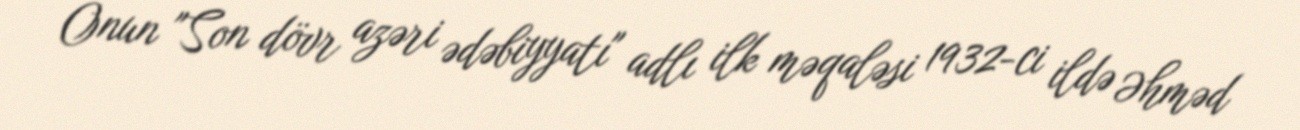
Onun "Son dövr azəri ədəbiyyatı" adlı ilk məqaləsi 1932-ci ildə Əhməd